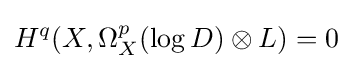
H^{q}(X,\Omega _{X}^{p}(\log D)\otimes L)=0